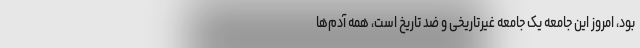
بود، امروز این جامعه یک جامعه غیرتاریخی و ضد تاریخ است، همه آدم‌ها